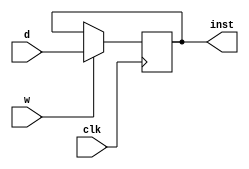
module IR(w,clk,d,inst);
    input w,clk;
    input[31:0]d;
    output reg[31:0]inst;
    always @(posedge clk)begin
        # 1
        if(w)
            inst=d;
    end
endmodule